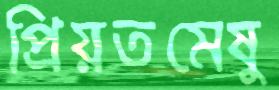
প্রিয়তমেষু